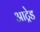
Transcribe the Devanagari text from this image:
आट्रेड